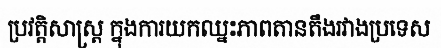
ប្រវត្តិសាស្ត្រ ក្នុងការយកឈ្នះភាពតានតឹងរវាងប្រទេស